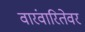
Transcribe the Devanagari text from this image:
वारंवारितेवर